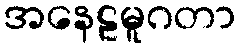
အနေဠမူဂတာ